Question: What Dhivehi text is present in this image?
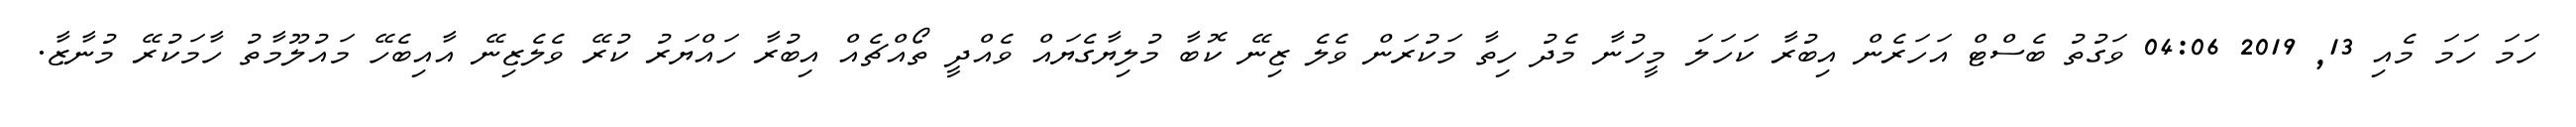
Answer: ހަމަ ހަމަ މެއި 13, 2019 04:06 ވަގުތު ބެސްޓް އަހަރެން އިބުރާ ކަހަލަ މީހުނާ މެދު ހިތާ މަކުރަން ވެލެ ޒިނޭ ކޮބާ މުލިޔާގެޔައް ވެއްދީ ތޯއްޗެއް އިބުރާ ހައްޔަރު ކުރޭ ވެލެޒިނޭ އާއިބެހޭ މައުލޫމާތު ހާމަކުރޭ މުނާޒާ.